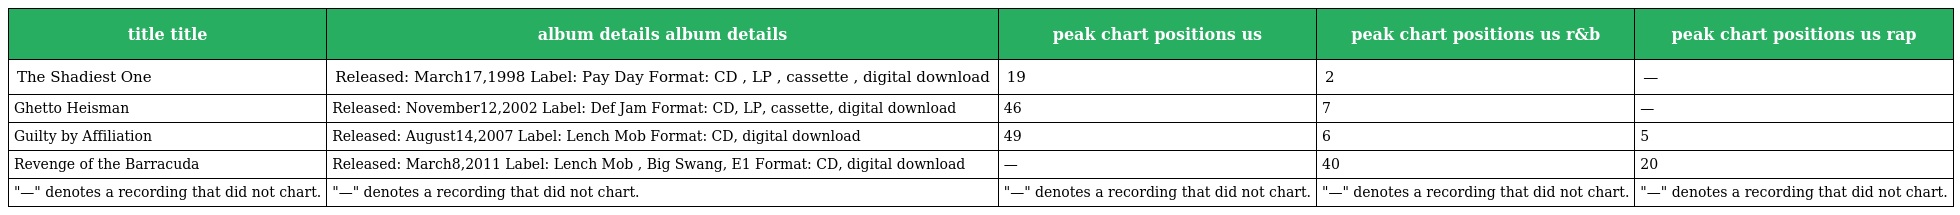
| title title | album details album details | peak chart positions us | peak chart positions us r&b | peak chart positions us rap |
 | --- | --- | --- | --- | --- |
 | The Shadiest One | Released: March17,1998 Label: Pay Day Format: CD , LP , cassette , digital download | 19 | 2 | — |
 | Ghetto Heisman | Released: November12,2002 Label: Def Jam Format: CD, LP, cassette, digital download | 46 | 7 | — |
 | Guilty by Affiliation | Released: August14,2007 Label: Lench Mob Format: CD, digital download | 49 | 6 | 5 |
 | Revenge of the Barracuda | Released: March8,2011 Label: Lench Mob , Big Swang, E1 Format: CD, digital download | — | 40 | 20 |
 | "—" denotes a recording that did not chart. | "—" denotes a recording that did not chart. | "—" denotes a recording that did not chart. | "—" denotes a recording that did not chart. | "—" denotes a recording that did not chart. |